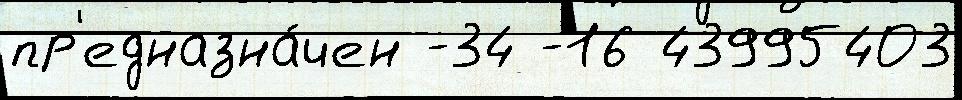
пр'едназна́чен -34 -16 43995403